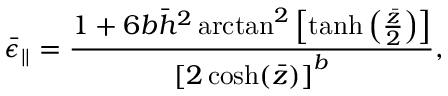
\bar { \epsilon } _ { | | } = \frac { 1 + 6 b \bar { h } ^ { 2 } \arctan ^ { 2 } \left[ \operatorname { t a n h } \left( \frac { \bar { z } } { 2 } \right) \right] } { \left[ 2 \cosh ( \bar { z } ) \right] ^ { b } } ,